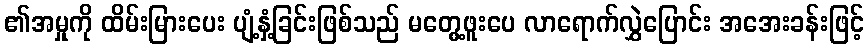
၏အမှုကို ထိမ်းမြားပေး ပျံ့နှံ့ခြင်းဖြစ်သည် မတွေ့ဖူးပေ လာရောက်လွှဲပြောင်း အအေးခန်းဖြင့်